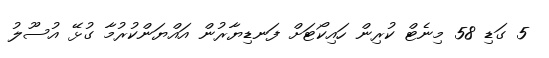
5 ގަޑި 58 މިނެޓް ކުރިން ހައިކޯޓަށް ފަނޑިޔާރުން އައްޔަންކުރުމާ ގުޅޭ އުސޫލު